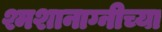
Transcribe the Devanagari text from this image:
श्मशानाग्नीच्या